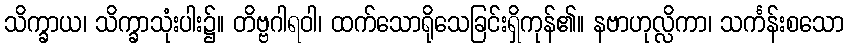
သိက္ခာယ၊ သိက္ခာသုံးပါး၌။ တိဗ္ဗဂါရဝါ၊ ထက်သောရိုသေခြင်းရှိကုန်၏။ နဗာဟုလ္လိကာ၊ သင်္ကန်းစသော